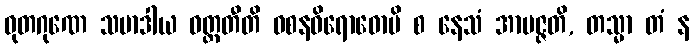
ဓုတဂုဏေ သမာဒါယ ဝတ္တတီတိ ဝစနဝိရောဓောပိ စ နေသံ အာပဇ္ဇတိ, တသ္မာ တံ န